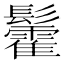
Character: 𮫓